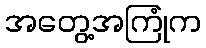
အတွေ့အကြုံက